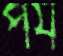
পর্য